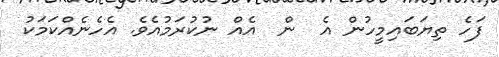
ފަހެ ތިޔަބައިމީހުން އެ  ން  އެއް ނުކުރަމުއެވެ. އެހެނެއްކަމަކު